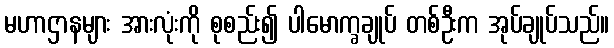
မဟာဌာနများ အားလုံးကို စုစည်း၍ ပါမောက္ခချုပ် တစ်ဦးက အုပ်ချုပ်သည်။